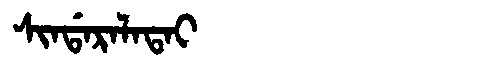
Manchu: ᠰᡳᠨᡩᠠᡵᠠᠯᠠᡨᠠᡳ
Romanization: SINDARALATAI